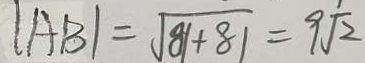
\vert A B \vert = \sqrt { 8 1 + 8 1 } = 9 \sqrt { 2 }